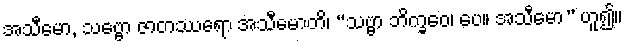
အသီမော, သဗ္ဗော ဇာတဿရော အသီမောတိ၊ “သဗ္ဗာ ဘိက္ခဝေ၊ ပေ။ အသီမော” ဟူ၍။